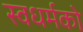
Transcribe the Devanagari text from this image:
स्‍वधर्मको